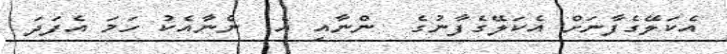
އެކަލޭގެފާނަށް އެކަލޭގެފާނުގެ  ންނާއި އެ  ންނާއެކު ހަމަ އެފަދަ